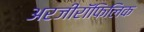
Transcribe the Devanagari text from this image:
अरजीरॉफिलिक